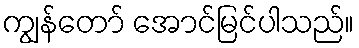
ကျွန်တော် အောင်မြင်ပါသည်။